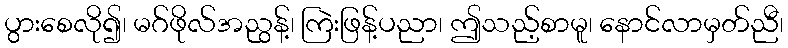
ပွားစေလို၍၊ မဂ်ဖိုလ်အညွန့်၊ ကြဲးဖြန့်ပညာ၊ ဤသည့်စာမူ၊ နောင်လာမှတ်ညီ၊